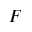
F